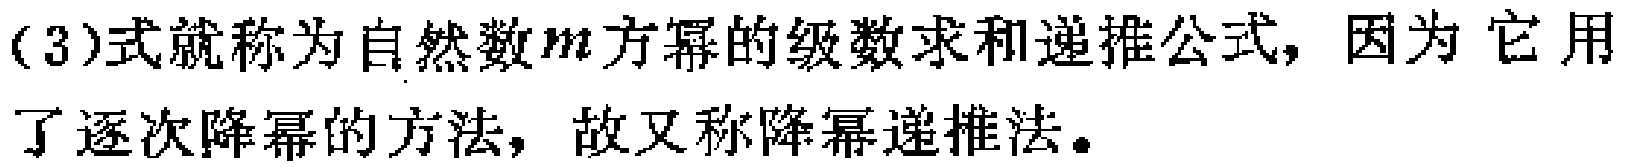
(3)式就称为自然数\(m\)方幂的级数求和递推公式, 因为 它用了逐次降幂的方法, 故又称降幂递推法。